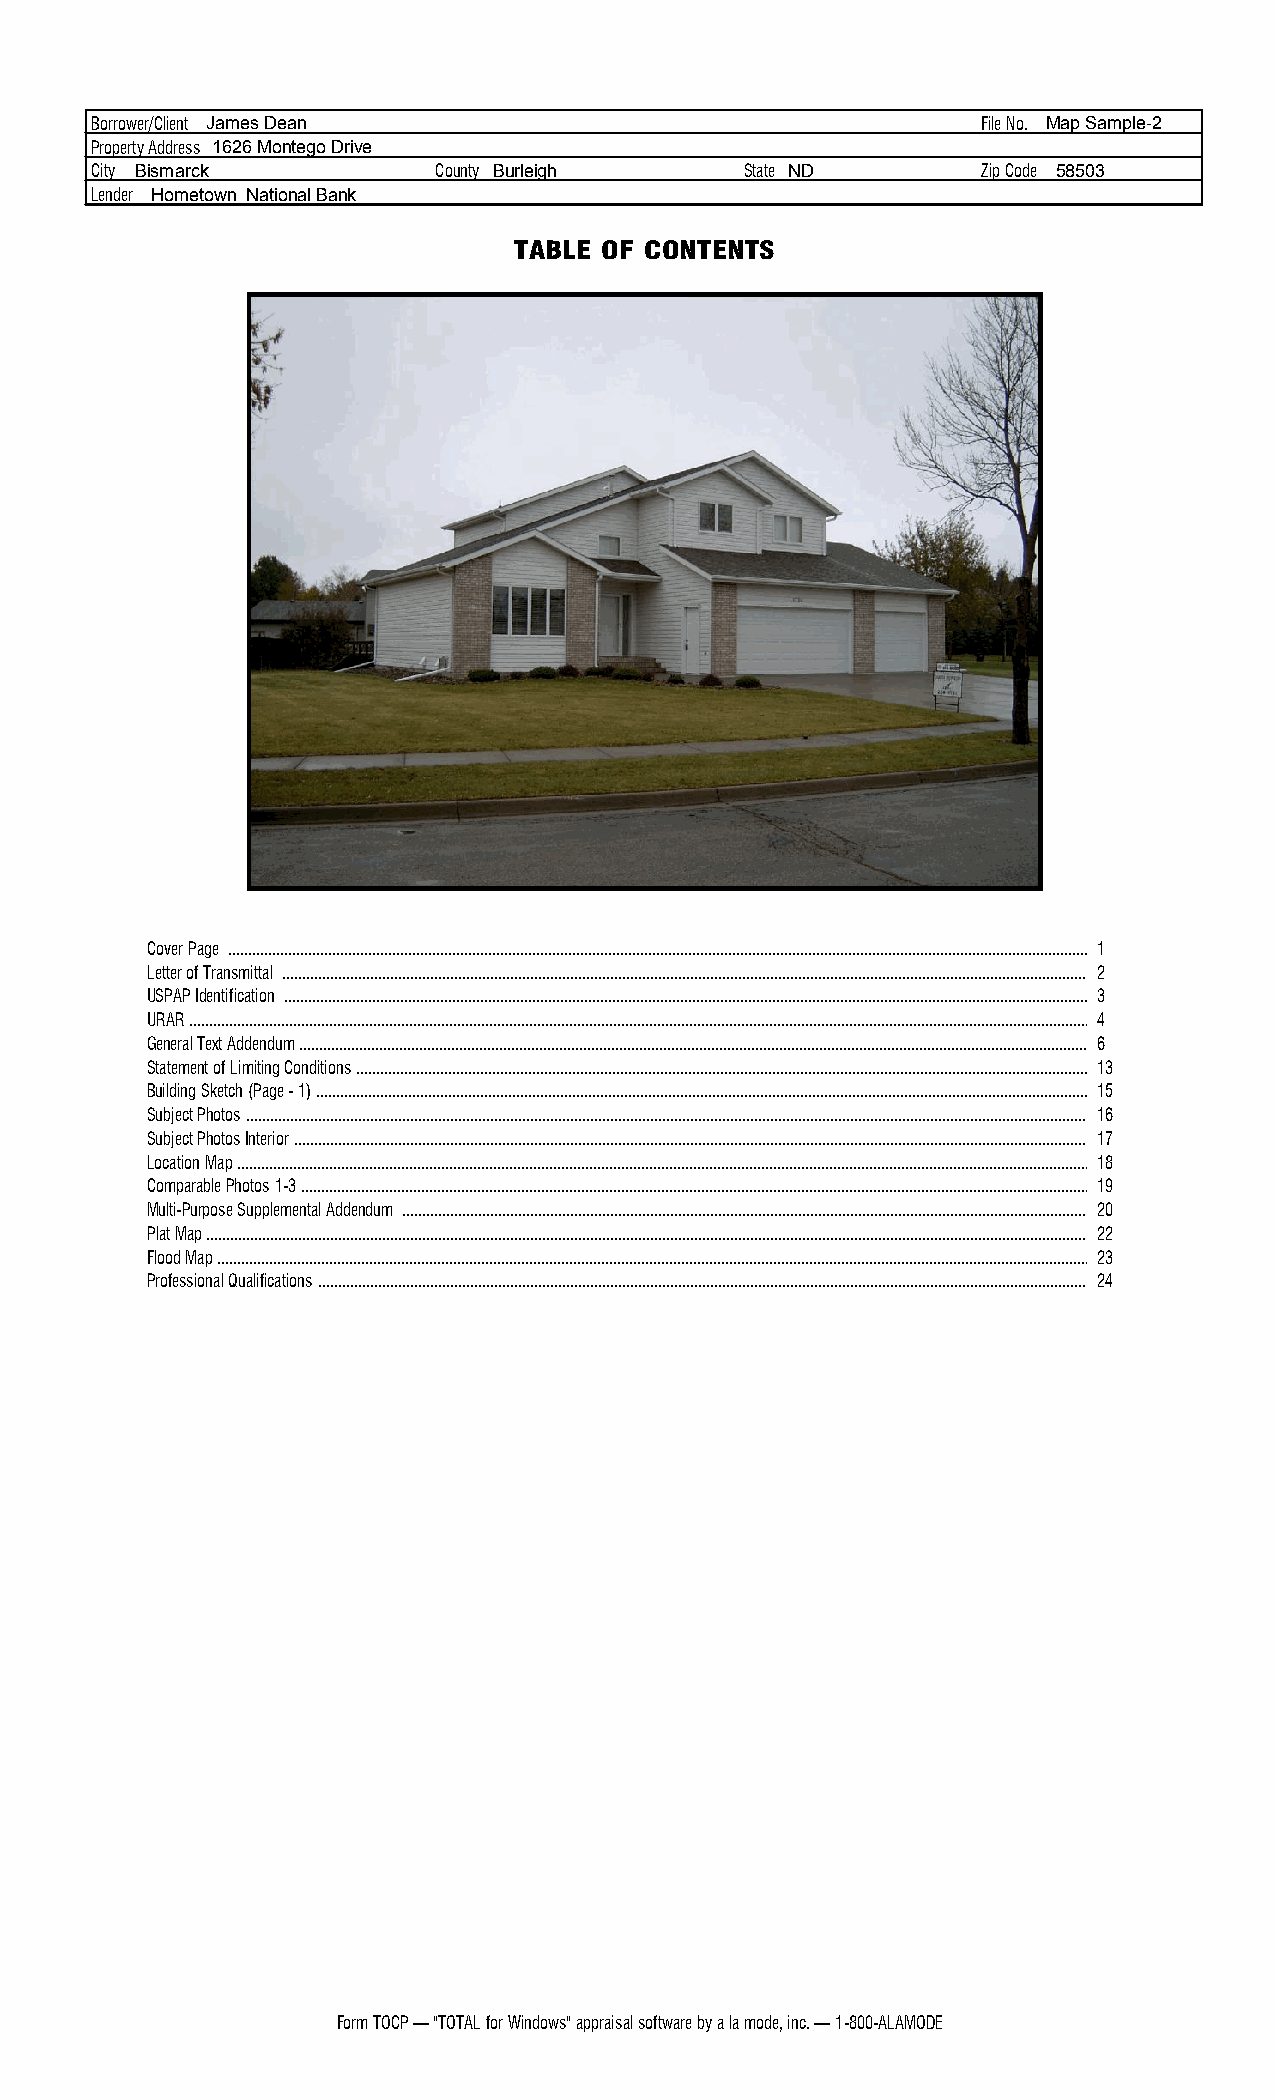
Borrower/Client James Dean                                 File No. Map Sample 2
 Property Address 1626 Montego Drive
 City Bismarck          County Burleigh     State ND        Zip Code 58503
 Lender Hometown National Bank
 TABLE OF CONTENTS
 Cover Page ..........................................................................................................................................................................................................................1..........................................................................................................................................................................................................................................................................................
 Letter of Transmittal ............................................................................................................................................................................................................2........................................................................................................................................................................................................................................................................................................
 USPAP Identification ............................................................................................................................................................................................................3........................................................................................................................................................................................................................................................................................................
 URAR ...................................................................................................................................................................................................................................4.................................................................................................................................................................................................................................................................................
 General Text Addendum ........................................................................................................................................................................................................6............................................................................................................................................................................................................................................................................................................
 Statement of Limiting Conditions ..........................................................................................................................................................................................1..3........................................................................................................................................................................................................................................................................................................................
 Building Sketch (Page 1) ....................................................................................................................................................................................................1..5..............................................................................................................................................................................................................................................................................................................
 Subject Photos .....................................................................................................................................................................................................................1..6.............................................................................................................................................................................................................................................................................................
 Subject Photos Interior .........................................................................................................................................................................................................1..7.........................................................................................................................................................................................................................................................................................................
 Location Map .......................................................................................................................................................................................................................1..8...........................................................................................................................................................................................................................................................................................
 Comparable Photos 1 3 ........................................................................................................................................................................................................1..9..........................................................................................................................................................................................................................................................................................................
 Multi Purpose Supplemental Addendum ..............................................................................................................................................................................2..0....................................................................................................................................................................................................................................................................................................................................
 Plat Map ...............................................................................................................................................................................................................................2..2...................................................................................................................................................................................................................................................................................
 Flood Map ............................................................................................................................................................................................................................2..3......................................................................................................................................................................................................................................................................................
 Professional Qualifications ...................................................................................................................................................................................................2..4...............................................................................................................................................................................................................................................................................................................
 Form TOCP — "TOTAL for Windows" appraisal software by a la mode, inc. — 1 800 ALAMODE